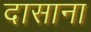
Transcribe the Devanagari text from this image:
दासाना